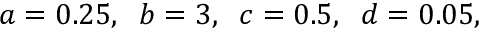
a = 0 . 2 5 , \; \; b = 3 , \; \; c = 0 . 5 , \; \; d = 0 . 0 5 ,